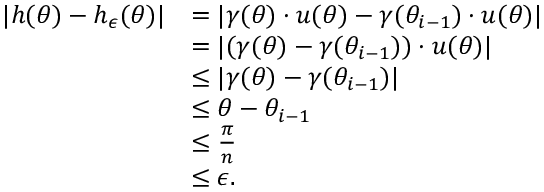
\begin{array} { r l } { | h ( \theta ) - h _ { \epsilon } ( \theta ) | } & { = | \gamma ( \theta ) \cdot u ( \theta ) - \gamma ( \theta _ { i - 1 } ) \cdot u ( \theta ) | } \\ & { = | ( \gamma ( \theta ) - \gamma ( \theta _ { i - 1 } ) ) \cdot u ( \theta ) | } \\ & { \le | \gamma ( \theta ) - \gamma ( \theta _ { i - 1 } ) | } \\ & { \le \theta - \theta _ { i - 1 } } \\ & { \le \frac { \pi } { n } } \\ & { \le \epsilon . } \end{array}